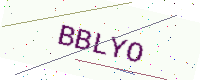
Text: BBLYO